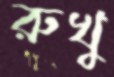
রুখু